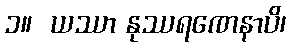
၁။  ယဿာ နုဿရဏေနာပိ၊